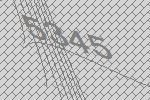
5345